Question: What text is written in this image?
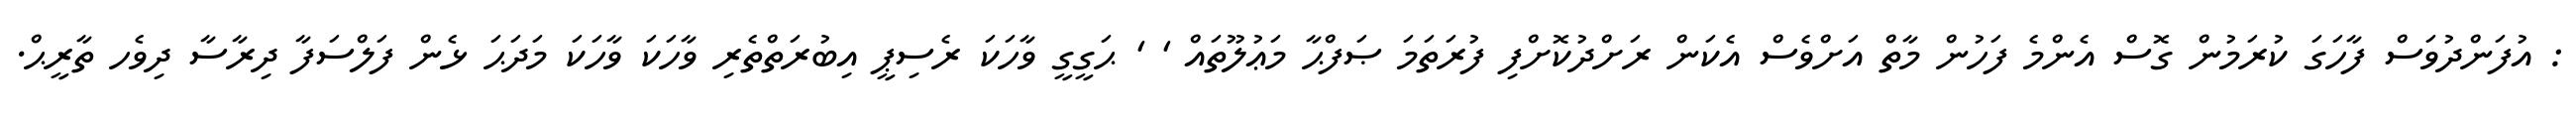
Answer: : އުފަންދުވަސް ފާހަގަ ކުރަމުން ގޮސް އެންމެ ފަހުން މާތް އަށްވެސް އެކަން ރަށްދުކޮށްފި ފުރަތަމަ ޞަފްޙާ މަޢުލޫތައް ' ' ޙަގީގީ ވާހަކަ ރެސިޕީ އިބުރަތްތެރި ވާހަކަ ވާހަކަ މަދަޙަ ޅެން ފަލްސަފާ ދިރާސާ ދިވެހ ތާރީޙް.